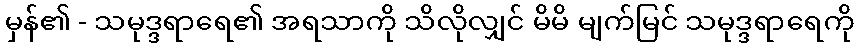
မှန်၏ - သမုဒ္ဒရာရေ၏ အရသာကို သိလိုလျှင် မိမိ မျက်မြင် သမုဒ္ဒရာရေကို